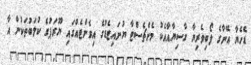
ޑެހެޔާ އޭނާގެ ލޯބިވެރިޔާ ގާސިޔާއާއެކު މެންޗެސްޓާ ޔުނައިޓެޑުގެ އިވެންޓެއްގައި ޔޫރަޕުގެ ކުލަބުތަކުން އާ